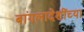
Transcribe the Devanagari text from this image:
बांगलादेशींच्या